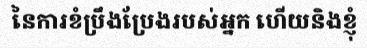
នៃការខំប្រឹងប្រែងរបស់អ្នក ហើយនិងខ្ញុំ